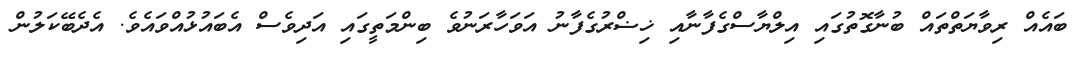
ބައެއް ރިވާޔަތްތައް ބުނާގޮތުގައި އިލްޔާސްގެފާނާއި ޚިޟްރުގެފާނު އަވަހާރަނުވެ ބިންމަތީގައި އަދިވެސް އެބައުޅުއްވައެވެ. އެދެބޭކަލުން